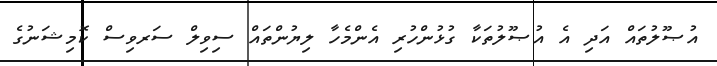
އުޞޫލުތައް އަދި އެ އުޞޫލުތަކާ ގުޅުންހުރި އެންމެހާ ލިޔުންތައް ސިވިލް ސަރވިސް ކޮމިޝަނުގެ